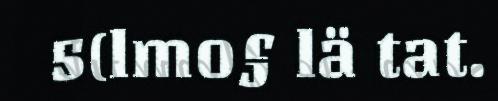
5(lmo§ lä tat.